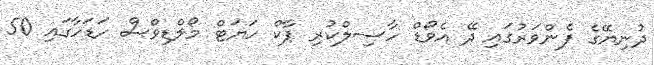
ދުނިޔޭގެ ފެންވަރުގައި ދޭ އެވޯޑް ހާސިލްކުރި ޕާކް ހަޔަޓް މޯލްޑިވްސް ހަޑަހާގައި 50